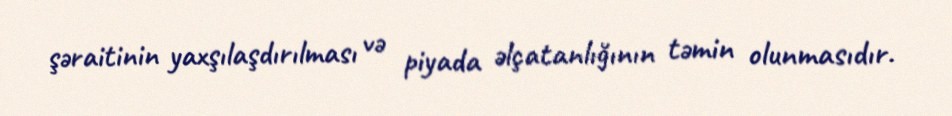
şəraitinin yaxşılaşdırılması və piyada əlçatanlığının təmin olunmasıdır.